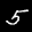
Label: 5